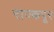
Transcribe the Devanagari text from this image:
राज्कपूर